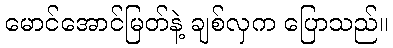
မောင်အောင်မြတ်နဲ့ ချစ်လှက ပြောသည်။